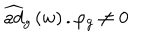
\widehat { a d } _ { g } \left( w \right) . \varphi _ { g } \neq 0